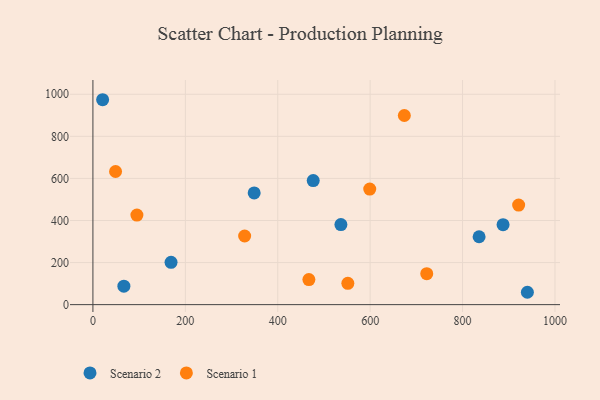
{"axis": {"x": "Price", "y": "Fuel Efficiency"}, "legend": ["Scenario 1", "Scenario 2"], "data": [{"x": "67.0", "y": 87.6, "type": "Scenario 2"}, {"x": "940.3", "y": 58.8, "type": "Scenario 2"}, {"x": "21.0", "y": 974.1, "type": "Scenario 2"}, {"x": "349.0", "y": 531.0, "type": "Scenario 2"}, {"x": "476.8", "y": 590.0, "type": "Scenario 2"}, {"x": "835.8", "y": 322.7, "type": "Scenario 2"}, {"x": "536.7", "y": 380.4, "type": "Scenario 2"}, {"x": "887.7", "y": 380.0, "type": "Scenario 2"}, {"x": "169.1", "y": 201.3, "type": "Scenario 2"}, {"x": "328.4", "y": 326.3, "type": "Scenario 1"}, {"x": "49.0", "y": 632.9, "type": "Scenario 1"}, {"x": "95.2", "y": 425.9, "type": "Scenario 1"}, {"x": "722.5", "y": 147.1, "type": "Scenario 1"}, {"x": "467.4", "y": 119.4, "type": "Scenario 1"}, {"x": "921.4", "y": 473.5, "type": "Scenario 1"}, {"x": "674.0", "y": 899.0, "type": "Scenario 1"}, {"x": "599.1", "y": 549.6, "type": "Scenario 1"}, {"x": "551.7", "y": 101.2, "type": "Scenario 1"}]}